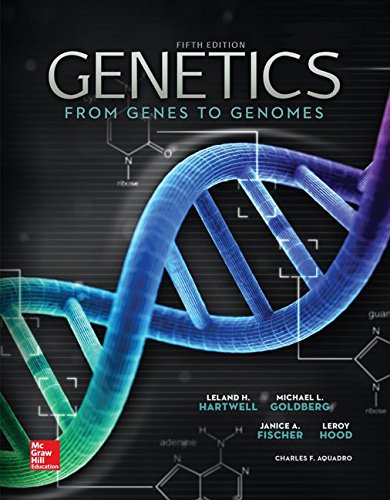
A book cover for Genetics: From Genes to Genomes, 5th edition; Leland H. Hartwell; Engineering & Transportation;